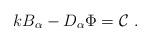
LaTeX: \begin{align*}kB_\alpha -D_\alpha \Phi ={\cal C}\mbox{ .} \end{align*}